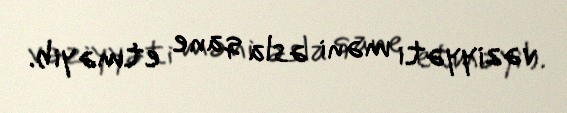
vəziyyəti məni əsla qane etməyib.